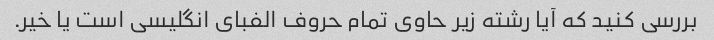
بررسی کنید که آیا رشته زیر حاوی تمام حروف الفبای انگلیسی است یا خیر.